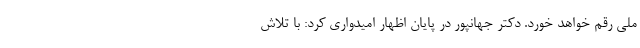
ملی رقم خواهد خورد. دکتر جهانپور در پایان اظهار امیدواری کرد: با تلاش